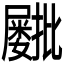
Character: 𫵫